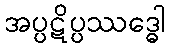
အပ္ပဋိပ္ပဿဒ္ဓေါ